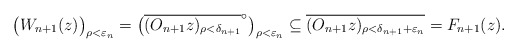
\begin{align*} \bigl( W_{n+1}(z) \bigr)_{\rho<\varepsilon_n} = \bigl( \overline{(O_{n+1} z)_{\rho<\delta_{n+1}}}^\circ \bigr)_{\rho<\varepsilon_n} \subseteq \overline{(O_{n+1} z)_{\rho<\delta_{n+1} + \varepsilon_n}} = F_{n+1}(z). \end{align*}